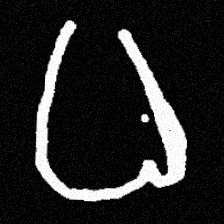
Pyu character \u2014 Myanmar letter: ဓ (romanized: dha)